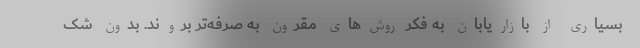
بسیاری از بازاریابان به فکر روش‌های مقرون به صرفه‌تر بروند. بدون شک